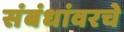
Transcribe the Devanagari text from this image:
संबंधांवरचे